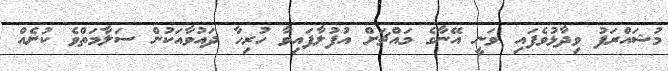
މުޝައްރަފު ވިދާޅުވެފައި ވަނީ އޭނާގެ މައްޗަށް އުފުލާފައިވާ ހުރިހާ ދައުވާއަކުން ސަލާމަތްވެ ކުށެއް